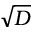
\sqrt { D }